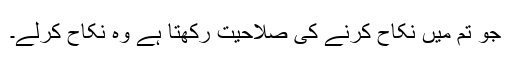
جو تم میں نکاح کرنے کی صلاحیت رکھتا ہے وہ نکاح کرلے۔